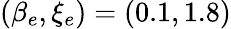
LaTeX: (\beta_{e},\xi_{e})=(0.1,1.8)